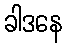
ခါဒနေ